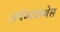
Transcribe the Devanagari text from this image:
अर्थव्यवस्थेस